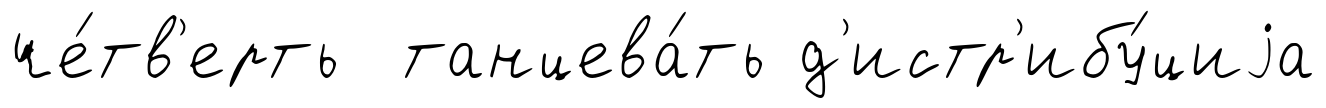
че́тв'ерть танцева́ть д'истр'ибу́циjа